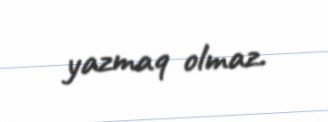
yazmaq olmaz.